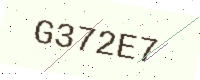
Text: G372E7